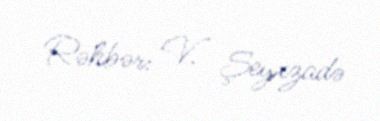
Rəhbər: V. Şeyxzadə